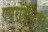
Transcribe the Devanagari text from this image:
एयरोनौटिका